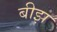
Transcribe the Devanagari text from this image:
बीझ